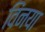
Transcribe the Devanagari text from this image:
विंनया